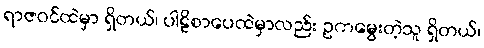
ရာဇဝင်ထဲမှာ ရှိတယ်၊ ပါဠိစာပေထဲမှာလည်း ဥကမွေးတဲ့သူ ရှိတယ်၊